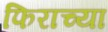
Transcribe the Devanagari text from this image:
फिराच्या